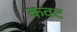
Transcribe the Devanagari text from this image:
कवट